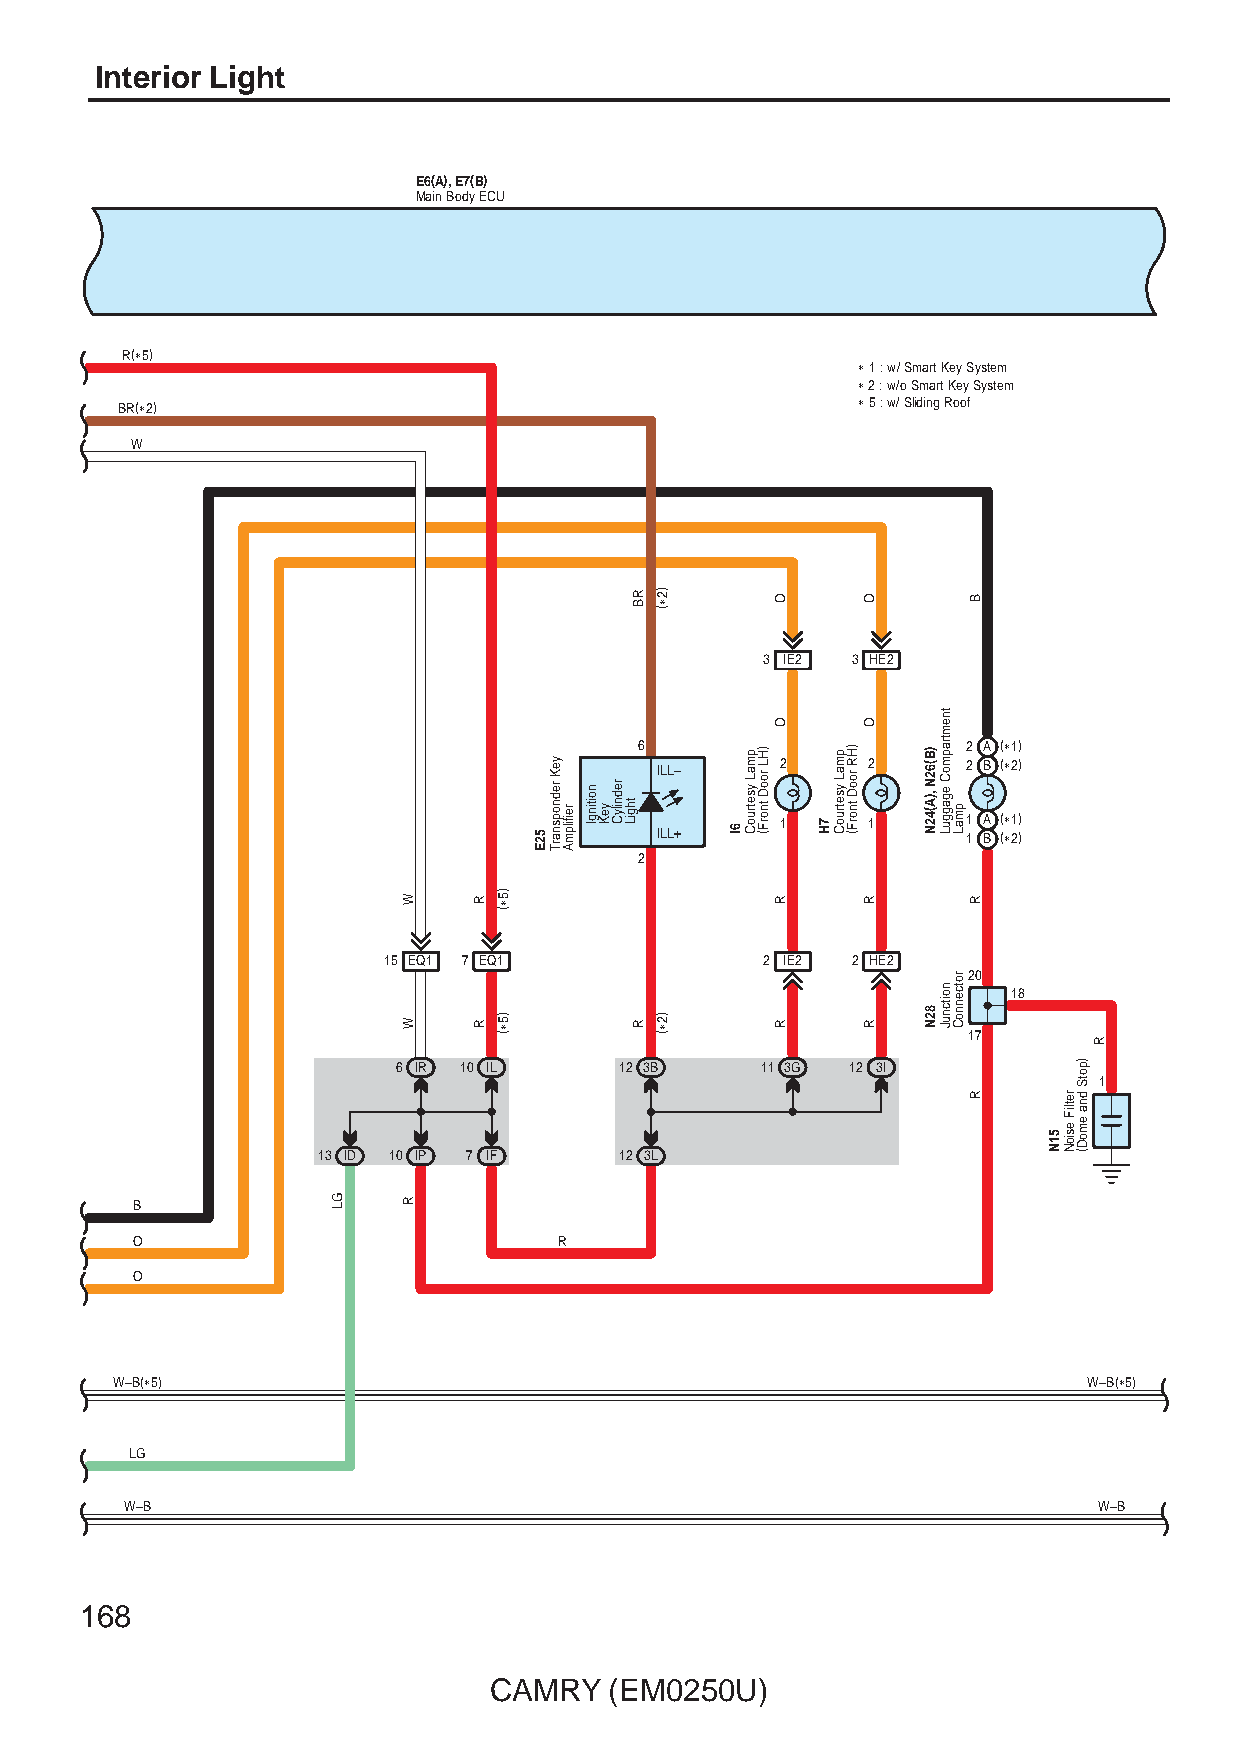
Interior Light
 E6(A), E7(B)
 MMaaiinn BBooddyy EECCUU
 R(∗5)
 ∗∗ 11 :: ww// SSmmaarrtt KKeeyy SSyysstteemm
 ∗∗ 22 :: ww//oo SSmmaarrtt KKeeyy SSyysstteemm
 BR(∗2)                                           ∗ 5 : w/ Sliding Roof
 W
 3 IE2 3 HE2
 6                     2 A (∗1)
 ILL–     2    2      2 B (∗2)
 1    1      1 A (∗1) ILL+ 1 B (∗2)
 2
 15 EQ1 7 EQ1              2 IE2 2 HE2
 20
 18
 17
 6 IR 10 IL     12 3B    11 3G 12 3I
 1
 13 ID 10 IP 7 IF    12 3L
 B
 O                           R
 O
 W–B(∗5)                                                          W–B(∗5)
 LG
 W–B                                                              W–B
 168
 CAMRY   (EM0250U)
 GL
 W
 W
 R
 R
 R
 )5∗(
 )5∗(
 52E
 yeK
 rednopsnarT
 reifilpmA
 noitingI
 yeK
 rednilyC
 thgiL
 RB
 R
 )2∗(
 )2∗(
 6I
 pmaL
 ysetruoC
 )HL
 rooD
 tnorF(
 O
 O
 R
 R
 7H
 pmaL
 ysetruoC
 )HR
 rooD
 tnorF(
 O
 O
 R
 R
 )B(62N
 ,)A(42N
 82N
 tnemtrapmoC
 egagguL
 noitcnuJ
 pmaL
 rotcennoC
 B
 R
 R
 51N
 retliF
 esioN
 )potS
 dna
 emoD(
 R